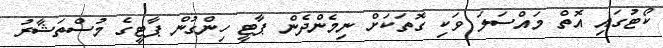
ކޯޓުގައި އޮތް މައްސަލަ ވަކި ގޮތަކަށް ނިމެންދެން ޕާޓީ ހިންގުން ޕާޓީގެ މުސްތަޝާރު